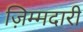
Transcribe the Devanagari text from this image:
ज़िम्मदारी